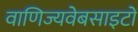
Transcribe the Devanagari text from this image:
वाणिज्यवेबसाइटों